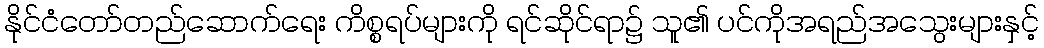
နိုင်ငံတော်တည်ဆောက်ရေး ကိစ္စရပ်များကို ရင်ဆိုင်ရာ၌ သူ၏ ပင်ကိုအရည်အသွေးများနှင့်